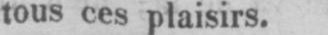
tous ces plaisirs.